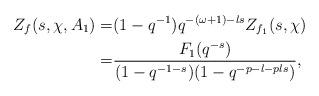
LaTeX: \begin{align*}Z_f(s, \chi, A_1)=&(1-q^{-1})q^{-(\omega+1)-ls}Z_{f_1}(s, \chi)\\=&\dfrac{F_1(q^{-s})}{(1-q^{-1-s})(1-q^{-p-l-pls})},\end{align*}